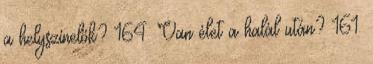
a helyszínelők? 164. Van élet a halál után? 161.